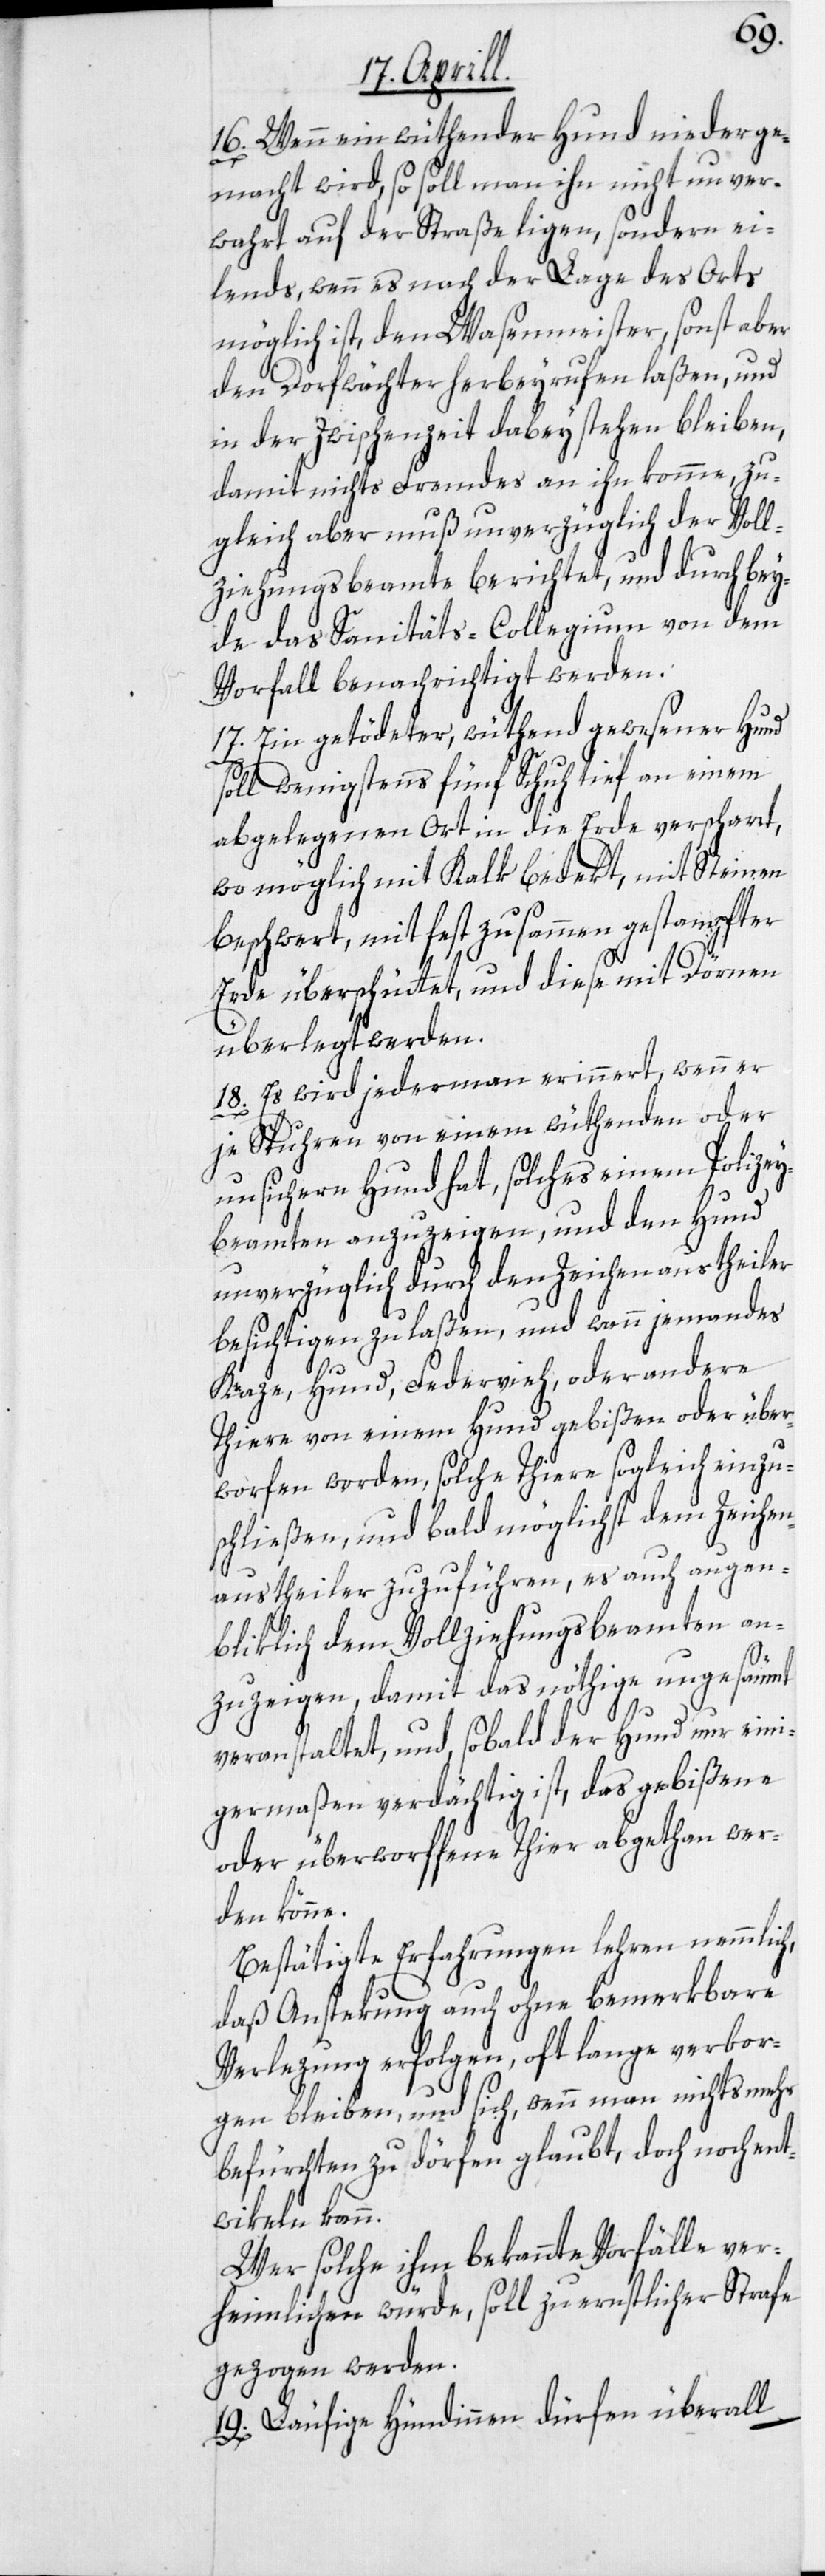
16. Wenn ein wüthender Hund niederge¬
macht wird, so soll man ihn nicht unver¬
wahrt auf der Straße ligen, sondern ei¬
lends, wenn es nach der Lage des Orts
möglich ist, den Wasenmeister, sonst aber
den Dorfwächter herbeyrufen laßen, und
in der Zwischenzeit dabey stehen bleiben,
damit nichts Fremdes an ihn komme, zu¬
gleich aber muß unverzüglich der Voll¬
ziehungsbeamte berichtet, und durch bey¬
de das Sanitäts-Collegium von dem
Vorfall benachrichtigt werden.
17. Ein getödeter, wüthend gewesener Hund
soll wenigstens fünf Schuh tief an einem
abgelegenen Ort in die Erde verscharrt,
wo möglich mit Kalk bedekt, mit Steinen
beschwert, mit fest zusammen gestampfter
Erde überschüttet, und diese mit Dörnen
überlegt werden.
18. Es wird jedermann erinnert, wenn er
je Spuhren von einem wüthenden oder
unsichern Hund hat, solches einem Polizey¬
beamten anzuzeigen, und den Hund
unverzüglich durch den Zeichenaustheiler
besichtigen zu laßen, und wenn jemandes
Kaze, Hund, Federvieh, oder andere
Thiere von einem Hund gebißen oder über¬
worfen worden, solche Thiere sogleich einzu¬
schließen, und bald möglichst dem Zeichen¬
austheiler zuzuführen, es auch augen¬
bliklich dem Vollziehungsbeamten an¬
zuzeigen, damit das nöthige ungesäumt
veranstaltet, und, sobald der Hund nur eini¬
germaßen verdächtig ist, das gebißene
oder überworffene Thier abgethan wer¬
den könne.
Bestätigte Erfahrungen lehren nemmlich,
daß Anstekung auch ohne bemerkbare
Verlezung erfolgen, oft lange verbor¬
gen bleiben, und sich, wenn man nichts mehr
befürchten zu dörfen glaubt, doch noch ent¬
wikeln kann.
Wer solche ihm bekannte Vorfälle ver¬
heimlichen würde, soll zu ernstlicher Strafe
gezogen werden.
19. Läufige Hündinnen dürfen überall